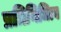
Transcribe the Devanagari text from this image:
प्रतिनिधित्व